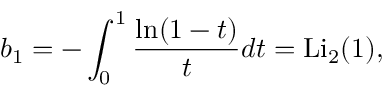
b _ { 1 } = - \int _ { 0 } ^ { 1 } \frac { \ln ( 1 - t ) } { t } d t = \mathrm { L i } _ { 2 } ( 1 ) ,